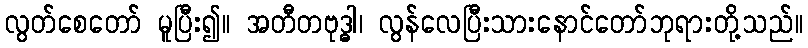
လွတ်စေတော် မူပြီး၍။ အတီတဗုဒ္ဓါ၊ လွန်လေပြီးသားနောင်တော်ဘုရားတို့သည်။